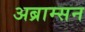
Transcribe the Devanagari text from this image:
अब्राम्सन